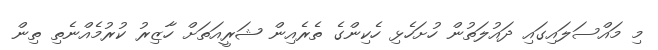
މި މައްސަލައިގައި ދައުލަތުން ހުށަހެޅި ހެކިންގެ ތެރެއިން ޝަރީއަތަށް ހާޒިރު ކުރުމެއްނެތި ތިން